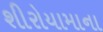
શીરોયામાના